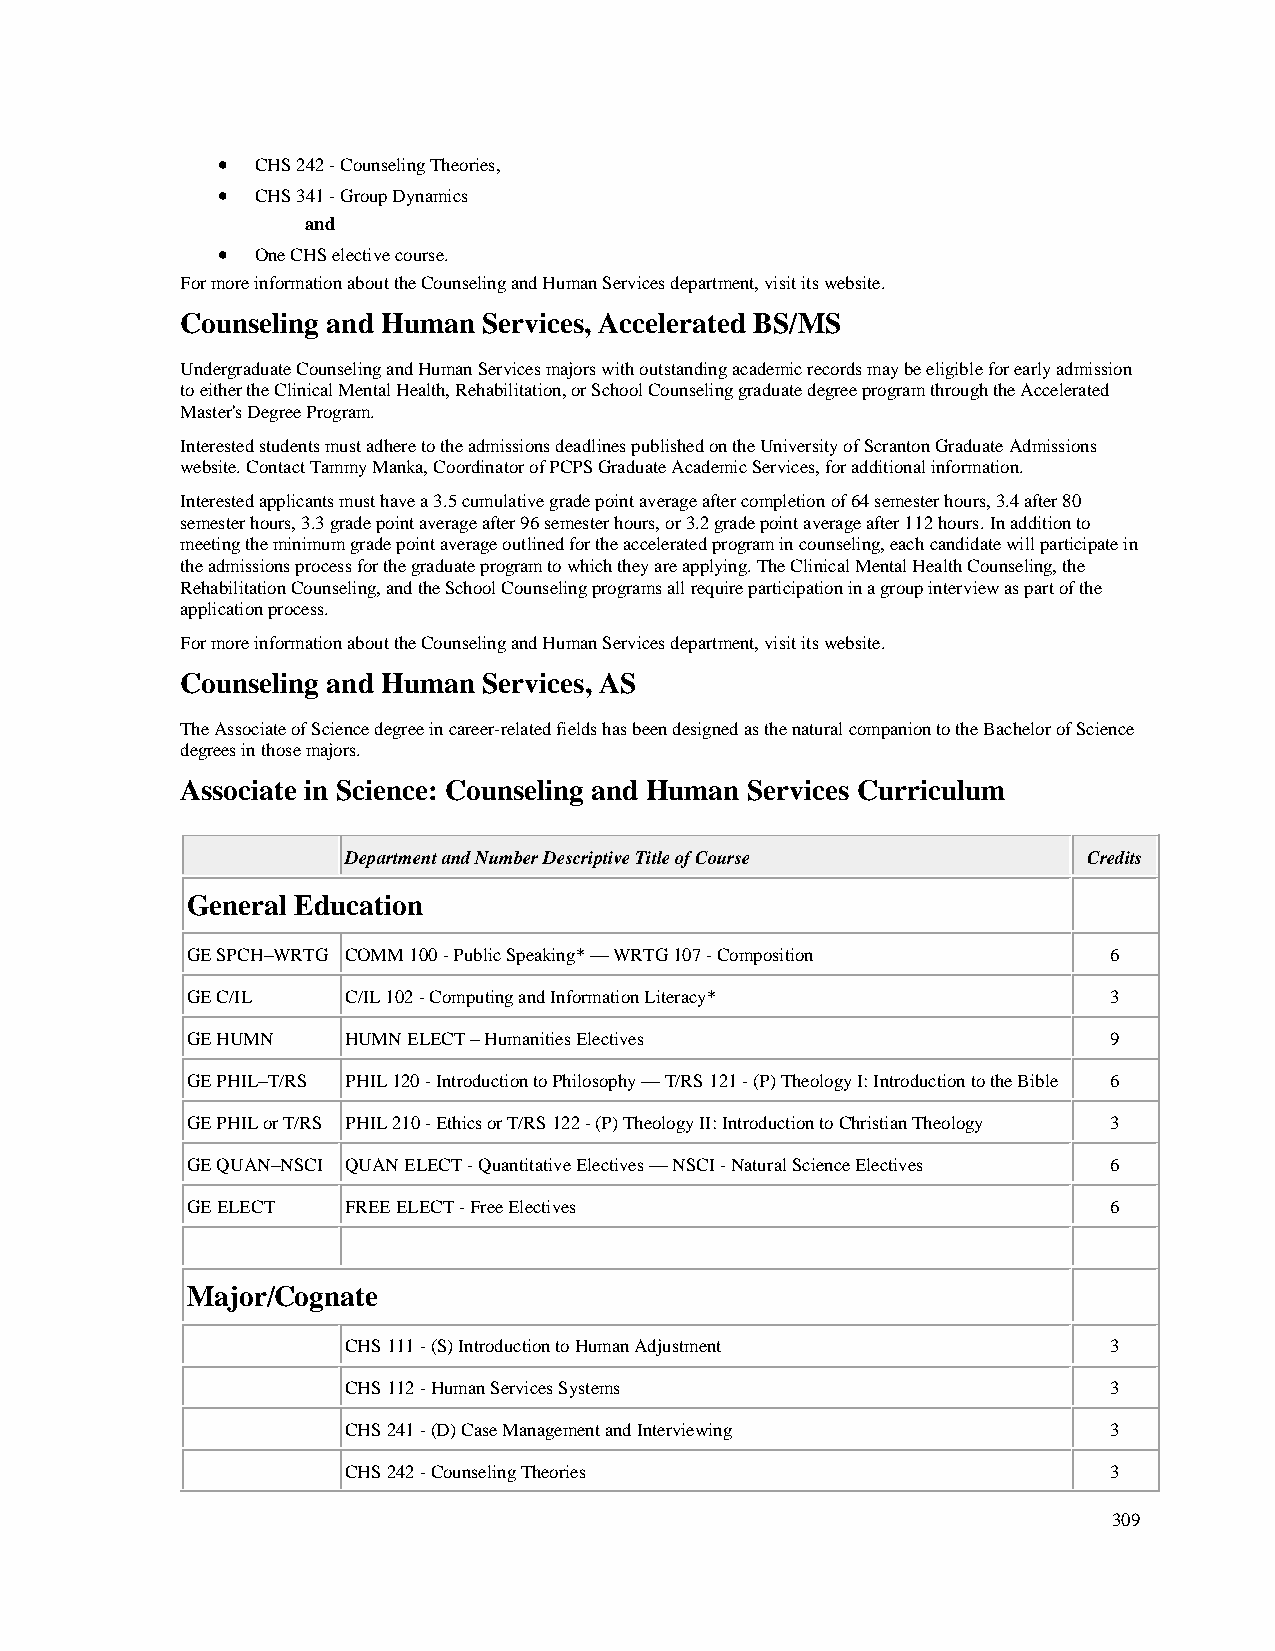
•  CHS 242 - Counseling Theories,
 •  CHS 341 - Group Dynamics
 and
 •  One CHS elective course.
 For more information about the Counseling and Human Services department, visit its website.
 Counseling and Human Services, Accelerated BS/MS
 Undergraduate Counseling and Human Services majors with outstanding academic records may be eligible for early admission
 to either the Clinical Mental Health, Rehabilitation, or School Counseling graduate degree program through the Accelerated
 Master's Degree Program.
 Interested students must adhere to the admissions deadlines published on the University of Scranton Graduate Admissions
 website. Contact Tammy Manka, Coordinator of PCPS Graduate Academic Services, for additional information.
 Interested applicants must have a 3.5 cumulative grade point average after completion of 64 semester hours, 3.4 after 80
 semester hours, 3.3 grade point average after 96 semester hours, or 3.2 grade point average after 112 hours. In addition to
 meeting the minimum grade point average outlined for the accelerated program in counseling, each candidate will participate in
 the admissions process for the graduate program to which they are applying. The Clinical Mental Health Counseling, the
 Rehabilitation Counseling, and the School Counseling programs all require participation in a group interview as part of the
 application process.
 For more information about the Counseling and Human Services department, visit its website.
 Counseling and Human Services, AS
 The Associate of Science degree in career-related fields has been designed as the natural companion to the Bachelor of Science
 degrees in those majors.
 Associate in Science: Counseling and Human Services Curriculum
 Department and Number Descriptive Title of Course Credits
 General Education
 GE SPCH–WRTG COMM 100 - Public Speaking* — WRTG 107 - Composition 6
 GE C/IL    C/IL 102 - Computing and Information Literacy*    3
 GE HUMN    HUMN ELECT – Humanities Electives                 9
 GE PHIL–T/RS PHIL 120 - Introduction to Philosophy — T/RS 121 - (P) Theology I: Introduction to the Bible 6
 GE PHIL or T/RS PHIL 210 - Ethics or T/RS 122 - (P) Theology II: Introduction to Christian Theology 3
 GE QUAN–NSCI QUAN ELECT - Quantitative Electives — NSCI - Natural Science Electives 6
 GE ELECT   FREE ELECT - Free Electives                       6
 Major/Cognate
 CHS 111 - (S) Introduction to Human Adjustment    3
 CHS 112 - Human Services Systems                  3
 CHS 241 - (D) Case Management and Interviewing    3
 CHS 242 - Counseling Theories                     3
 309